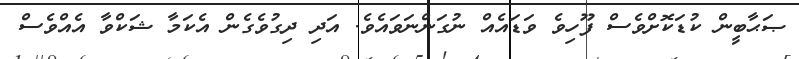
ޞަޙާބީން ކުޑަކޮށްވެސް ފޫހިވެ ވަޑައެއް ނުގަންނަވައެވެ. އަދި ދިގުވެގެން އެކަމާ ޝަކްވާ އެއްވެސް